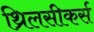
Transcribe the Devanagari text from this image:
थ्रिलसीकर्स